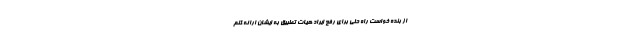
از بنده خواست راه حلی برای رفع ایراد هیات تطبیق به ایشان ارائه کنم